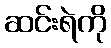
ဆင်းရဲကို